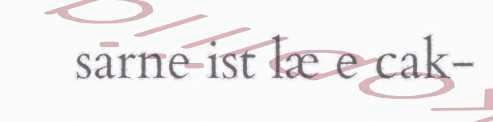
sarne ist læ e cak-